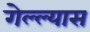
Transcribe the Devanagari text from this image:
गेल्ल्यास